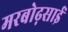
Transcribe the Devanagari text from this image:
मरबोढ़साई